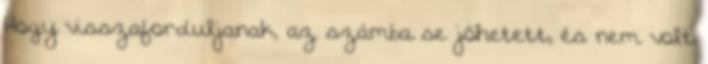
Hogy visszaforduljanak, az számba se jöhetett, és nem volt